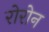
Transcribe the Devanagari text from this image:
रोरोन